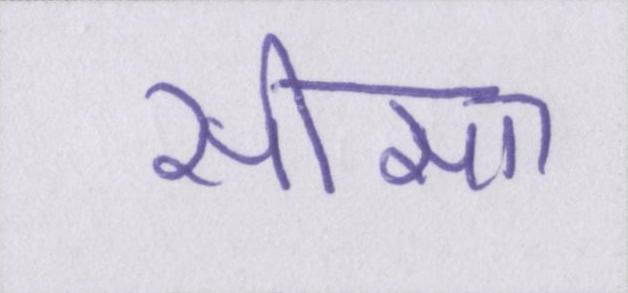
सीसा